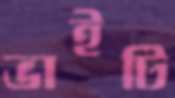
ভাইটি